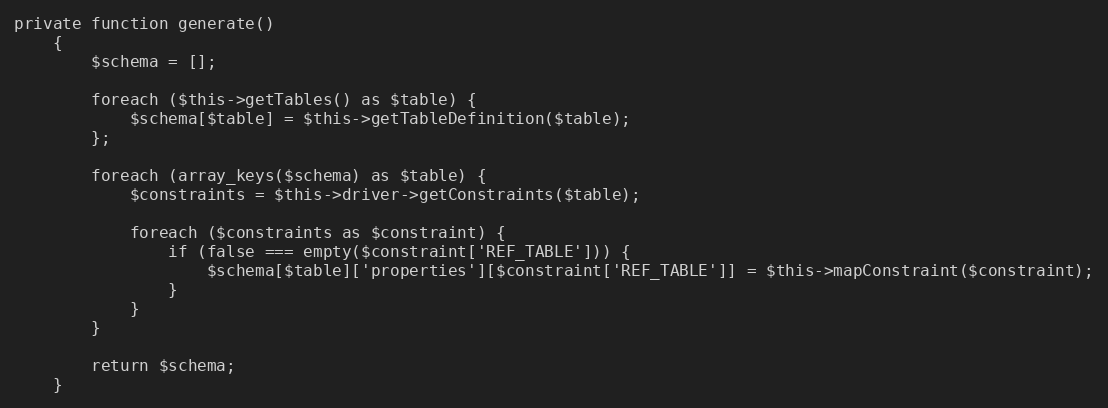
Language: PHP
private function generate()
    {
        $schema = [];

        foreach ($this->getTables() as $table) {
            $schema[$table] = $this->getTableDefinition($table);
        };

        foreach (array_keys($schema) as $table) {
            $constraints = $this->driver->getConstraints($table);

            foreach ($constraints as $constraint) {
                if (false === empty($constraint['REF_TABLE'])) {
                    $schema[$table]['properties'][$constraint['REF_TABLE']] = $this->mapConstraint($constraint);
                }
            }
        }

        return $schema;
    }